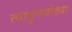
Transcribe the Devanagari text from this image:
त्याहूनमोठ्या